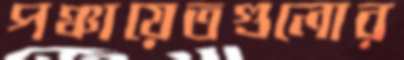
পঞ্চায়েতগুলোর